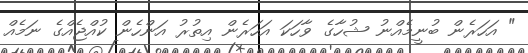
" އަހަރެން ބުނީމެއްނު ޝުހާގެ ވާހަކަ އަހަރެން އިތުރު އަންހެން ކުއްޖެއްގެ ނަމެއް